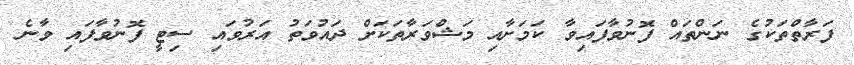
ފަރާތްތަކުގެ ނަންތައް ފޮނުވާފައިވާ ކަމަށާއި މަޝްވަރާތަކަށް ދައުވަތު އަރުވައި ސިޓީ ފޮނުވާފައި ވާނެ